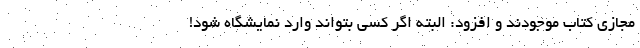
مجازی کتاب موجودند و افزود: البته اگر کسی بتواند وارد نمایشگاه شود!